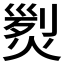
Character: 𤋴